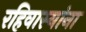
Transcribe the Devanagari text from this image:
रहिवास्यांना